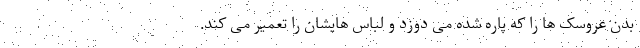
بدن عروسک ها را که پاره شده می دوزد و لباس هایشان را تعمیر می کند.